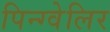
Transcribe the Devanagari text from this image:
पिन्ग्वेलिर